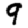
Digit: 9